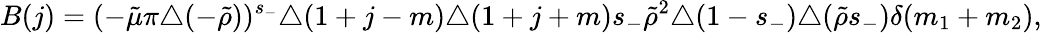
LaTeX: B(j)=(-\tilde{\mu}\pi\triangle(-\tilde{\rho}))^{s_{-}}\triangle(1+j-m)\triangle(1+j+m)s_{-}\tilde{\rho}^{2}\triangle(1-s_{-})\triangle(\tilde{\rho}s_{-})\delta(m_{1}+m_{2}),